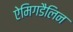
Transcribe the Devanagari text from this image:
ऐमिगडैलिन